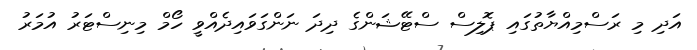
އަދި މި ރަސްމިއްޔާތުގައި ޕޮލިސް ސްޓޭޝަންގެ ދިދަ ނަންގަވައިދެއްވީ ހޯމް މިނިސްޓަރު އުމަރު